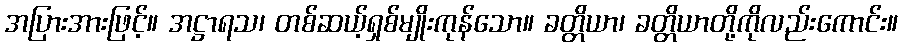
အပြားအားဖြင့်။ အဋ္ဌာရသ၊ တစ်ဆယ့်ရှစ်မျိုးကုန်သော။ ခတ္တိယာ၊ ခတ္တိယာတို့ကိုလည်းကောင်း။